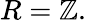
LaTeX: R=\mathbb{Z}.